Bréfritari: Aðalbjartur Bjarnason (Albert Arnason)
Dagsetning: A-1889-10-14
Skrifað á: Vesturheimi

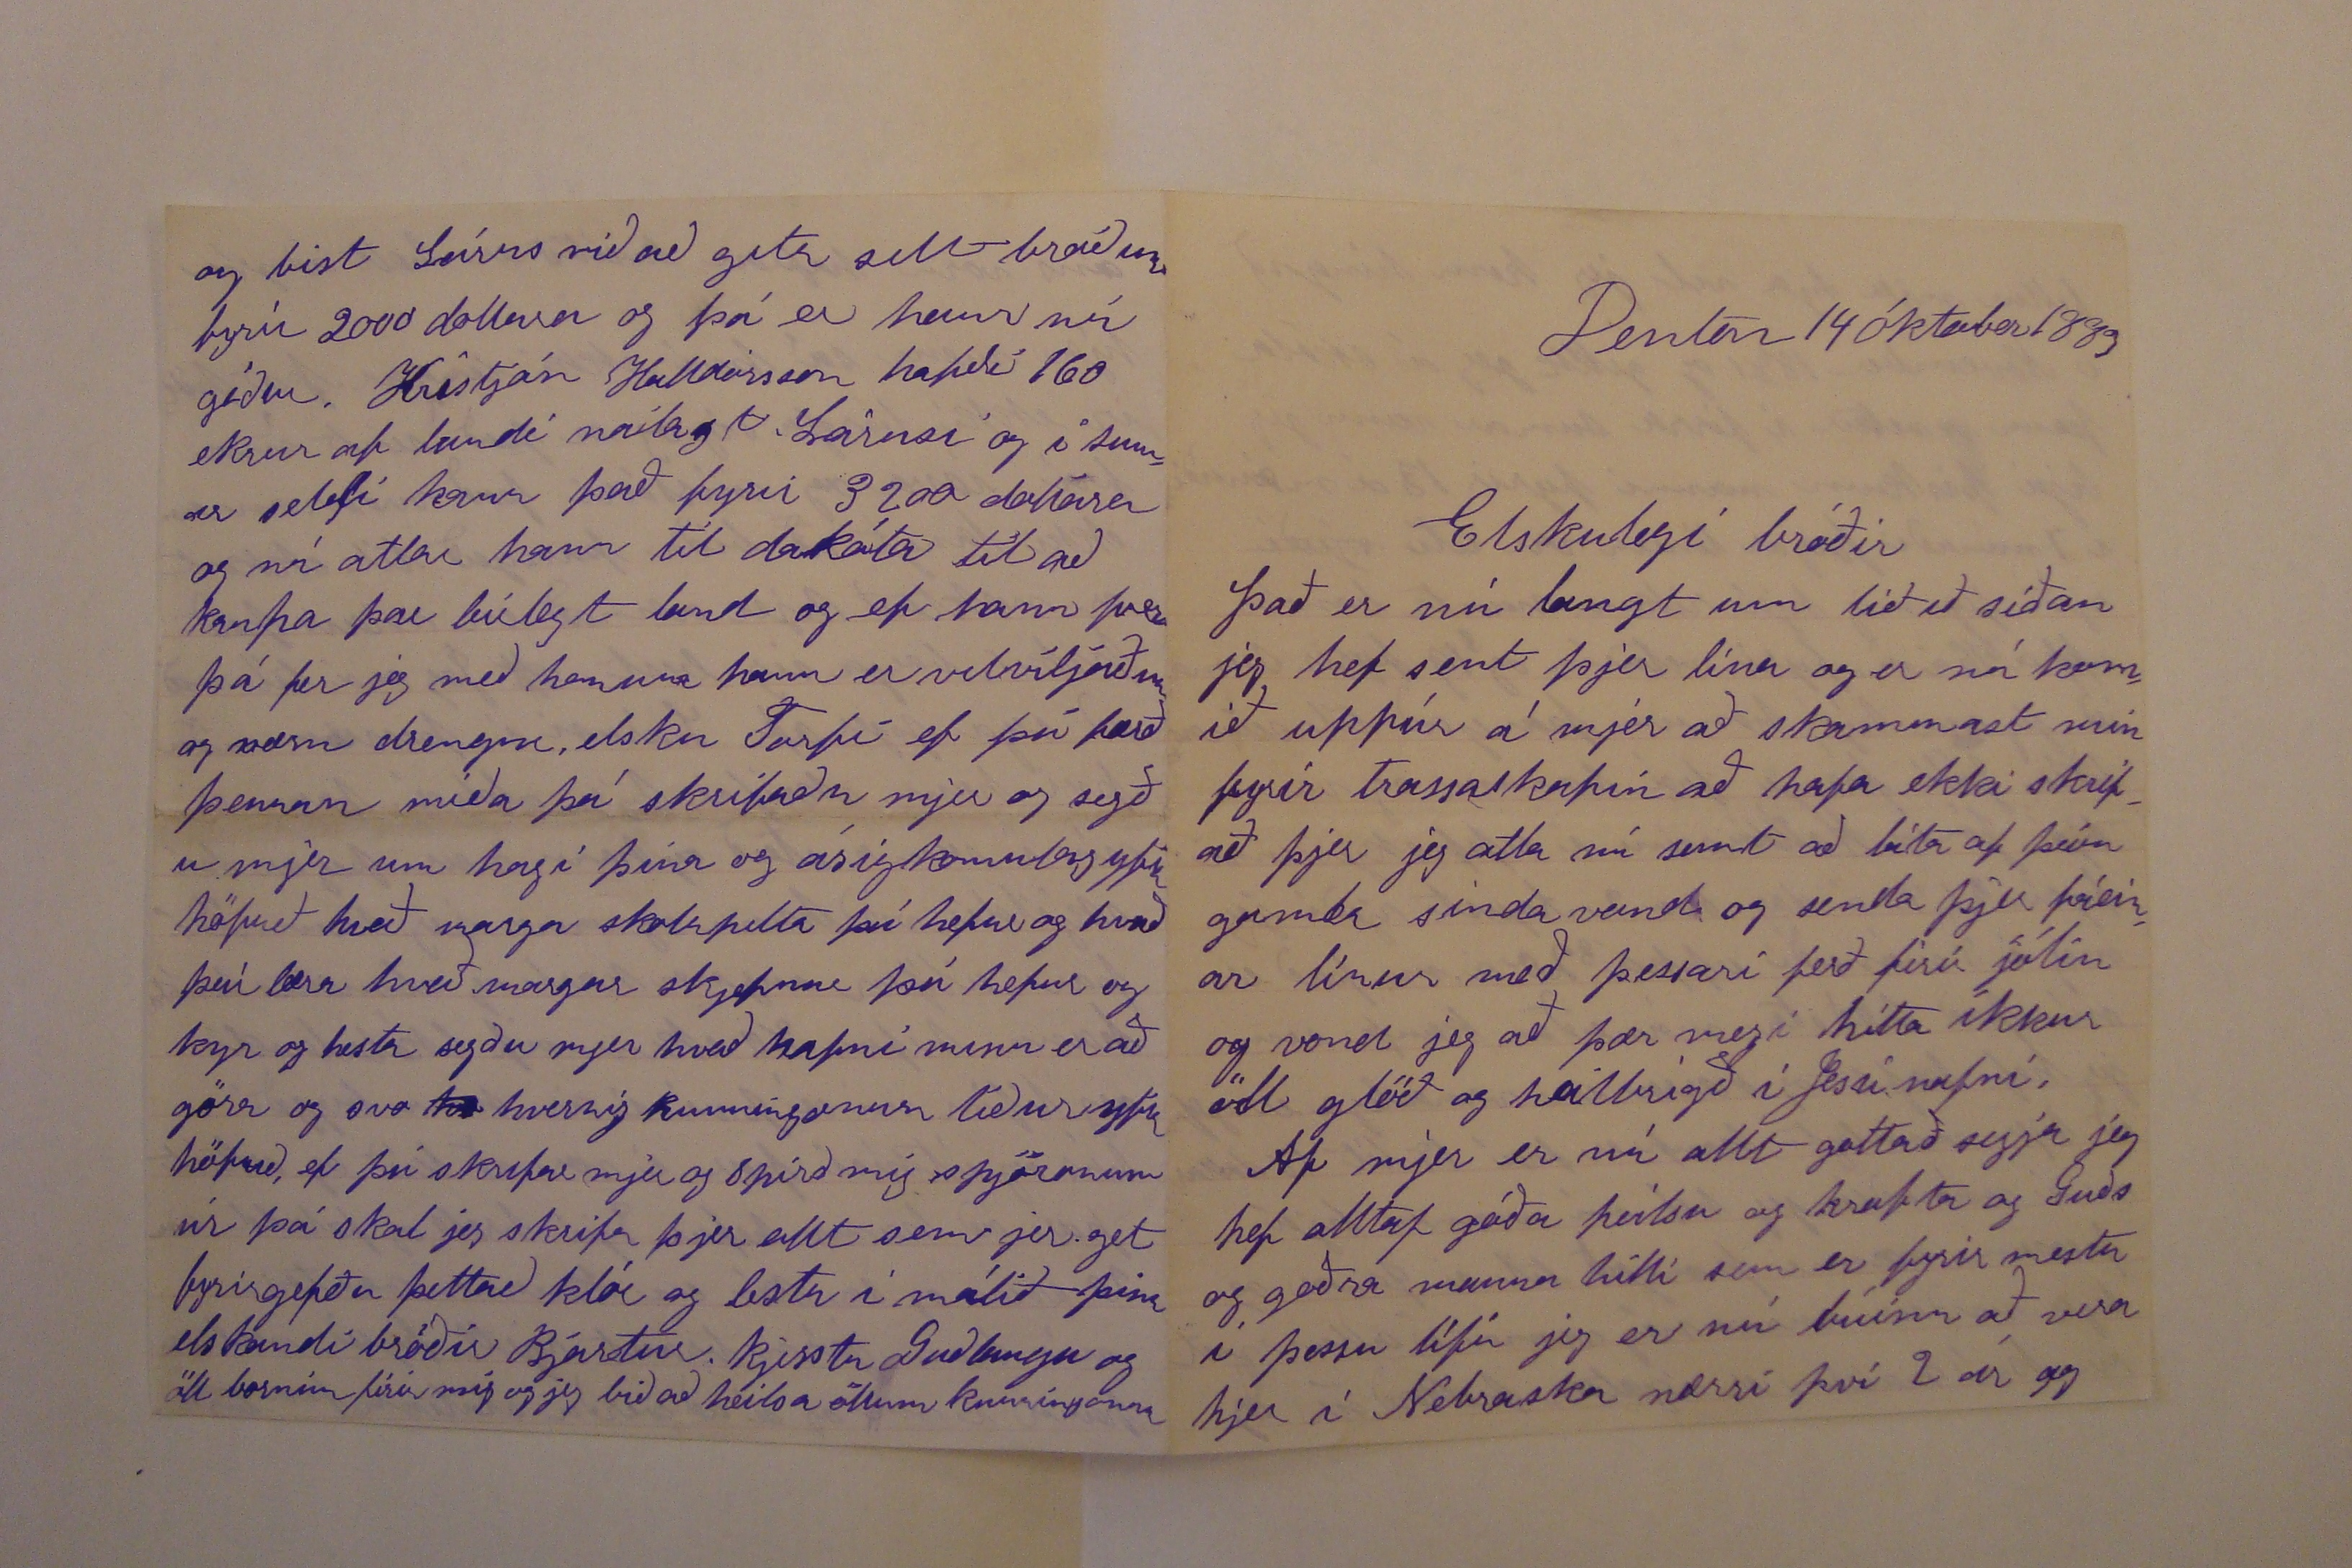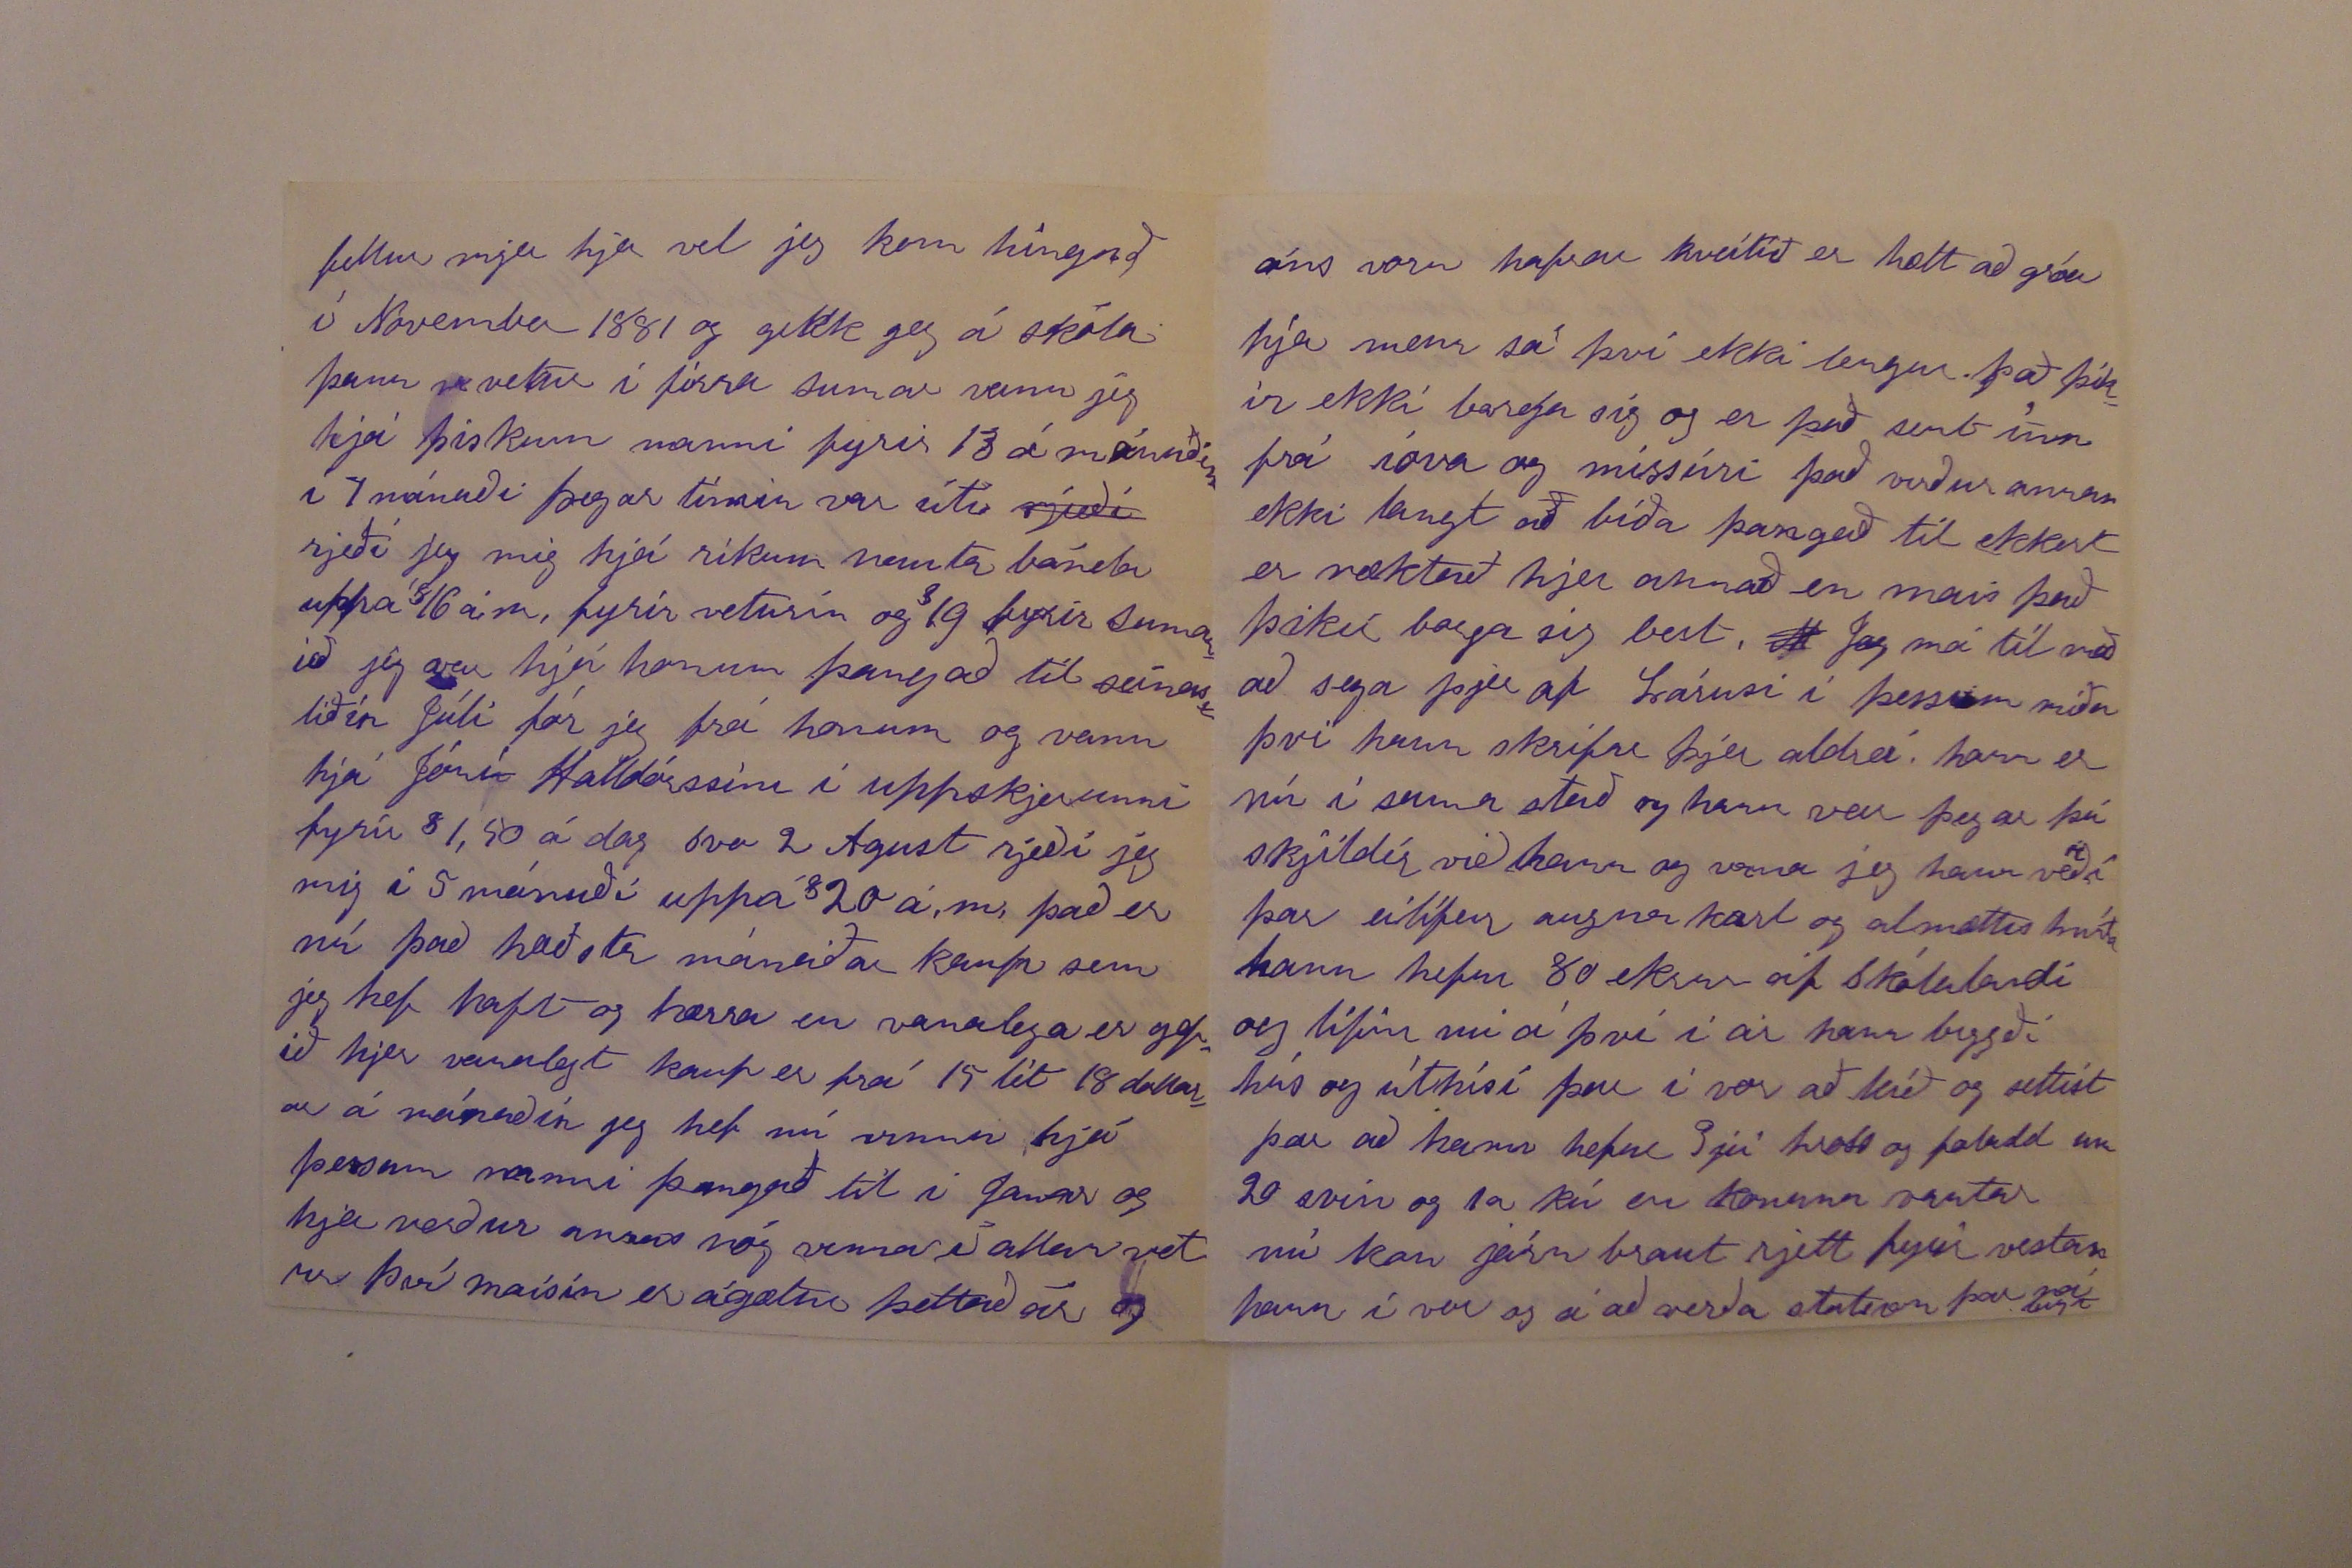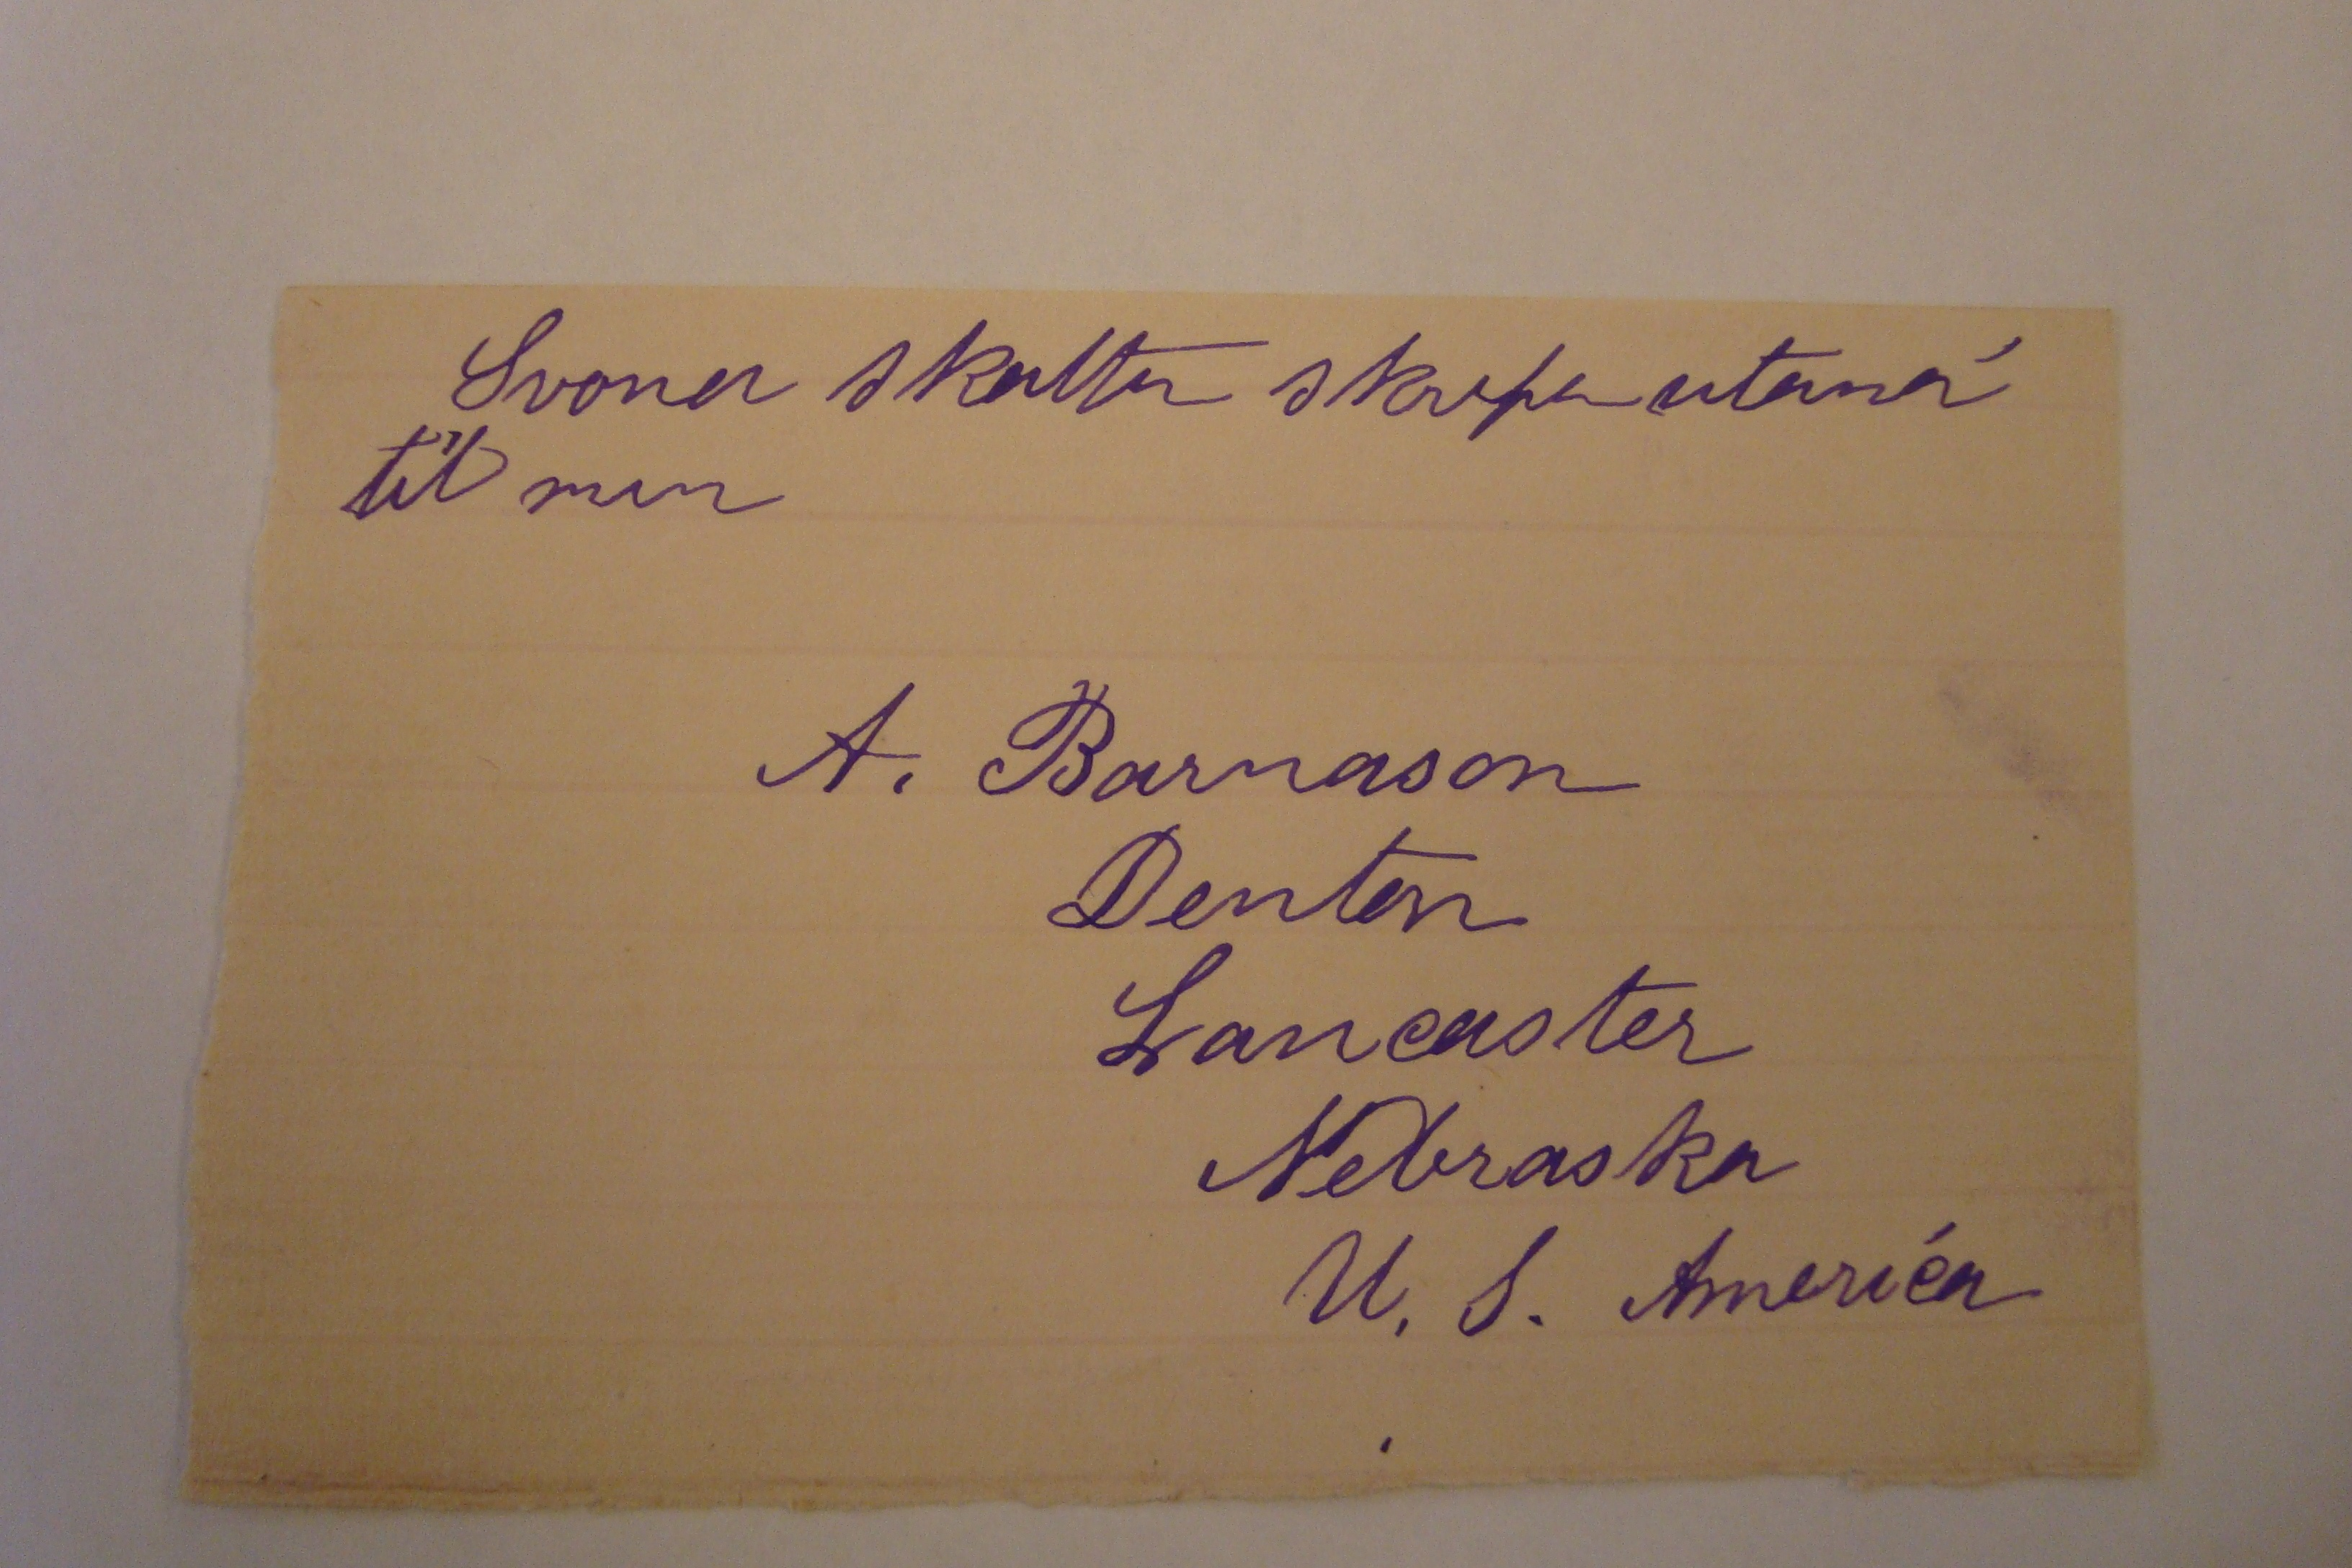

Denton 14 óktober 1889
Elskulegi bróðir
það er nú langt um liðið síðan jeg hef sent þjer línu og er nú komið uppúr á mjer að skammast mín fyrir trassaskapin að hafa ekki skrifað þjer jeg ætla nú samt að láta af þeim galma sindavana og senda þjer fáeinar línur með þessari ferð firir jólin og vona jeg að þær megi hitta ikkur öll glöð og heilbrigð í Jesú nafni
Af mjer er nú allt gott að segja jeg hef alltaf góða heilsu og krapta og Guðs og goðra manna hilli sem er fyrir mestu í þessu lífi jeg er nú búinn að vera hjer í Nebraska nærri því 2 ár og
fellur mjer hjer vel jeg kom hingað í November 1881 og gekk jeg á skóla þann vetur í firra sumar vann jeg hjá þiskum manni fyrir
13
á mánuðinn í 7 mánuði þegar tímin var úti
rjeði
rjeði jeg mig hjá ríkum nauta bónda uppá
$
16 á m. fyirr veturin og
$
19 fyrir sumarið jeg var hjá honum þangað til seinastliðin Júlí fór jeg frá honum og vann hjá Jóni Halldórssini í uppskjerunni fyrir
$
1,50 á dag svo 2 August rjeði jeg mig í 5 mánuði uppá
$
20 á. m. það er nú það hæðsta kaup sem jeg hef haft og hærra en vanalega er gefið hjer vanalegt kaup er frá 15 til 18 dollarar á mánuðin jeg hef nú vinnu hjá þessum manni þangað til í Januar og hjer verður
annas
nóg vinna í allan vetur því maísin er ágætur þettað ár og
eins
voru hafrar hveitið er hætt að gróa hjer menn sá því ekki lengur. það þikir ekki borga sig og er það
senbinn
frá
róva
og missíni það verður annars ekki langt að bíða þangað til ekkert er ræktað hjer annað en mais það þikir borga sig best,
0
Jeg má til með að sega þjer af Lárusi í þessum miða því hann skrifar þjer aldrei. hann er nú í sumar stað og hann
veit
þegar þú skjildir við hann og vona jeg hann verði þar eilífur
augna kort
og almættis 00000 hann hefur 80 ekrur af Skólalandi og lifir nú á því í ár hann bygði hús og úthísi þar í vor að leið og settist þar að hann hefur 3jú hross og folald um 20 svín og 1a kú en konuna vantar nú kom járnbraut rjett fyrir vestan hann í vor og á að verða staðnæm þar
ná lagt
og bíst Lárus við að geta selt bráðum fyrir 2000 dollara og þá er hann nú góður. Kristján Halldórsson hafði 160 ekrur af landi nálægt Lárusi og í sumar seldi hann það fyrir 3200 dollara og nú atlar hann til dakóta til að kaupa þar búlegt land og ef hann
fer
þá fer jeg með honum hann er velviljaður og værn drengur, elsku Torfi ef þú færð þennan miða þá skrifaðu mjer og segðu mjer um hægi þína og ásigkomulag yfir höfuð hvað marga skolapilta þú hefur og hvað þeir læra hvað margar skepnur þú hefur og kyr og hesta segðu mjer hvað nafni minn er að göra og svo
00
hvernig kunningunum líður yfir höfuð, ef þú skrifar mjer og spirð mig spjöronum úr þá skal jeg skrifa þjer allt sem jeg get fyrirgefðu þetta klór og lestu í málið þinn elskandi bróðir Bjartur. kjisstu Guðlaugu og öll börnin firir mig og jeg bið að heilsa öllum kunningonum
Svona skaltu skrifa utaná til min
A. Barnason Denton Lancaster Nebraska U.S. America